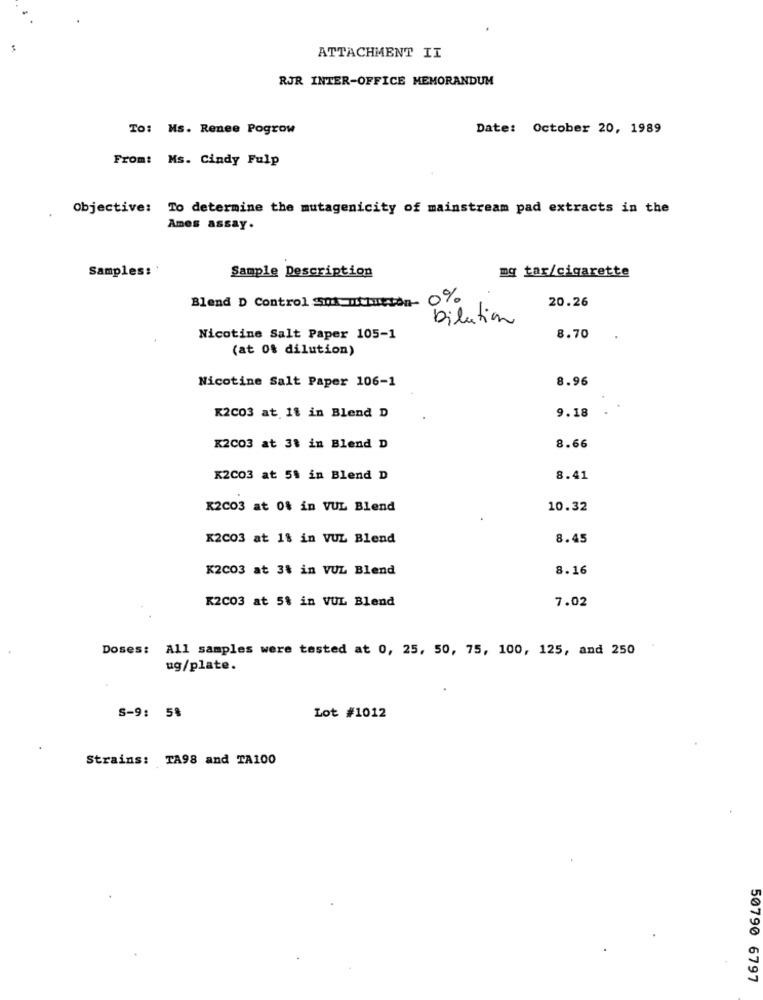
ATTACHMENT II
RJR INTER-OFFICE MEMORANDUM
To: Ms. Renee Pogrow
Date: October 20, 1989
From: Ms. Cindy Fulp
Objective: To determine the mutagenicity of mainstream pad extracts in the
Ames assay.
Samples:'
Sample Description
mg tar/cigarette
Blend D Control Sua strutton- 0%
20.26
bilation
Nicotine Salt Paper 105-1
8.70
(at of dilution)
Nicotine Salt Paper 106-1
8.96
K2C03 at 11 in Blend D
9.18
K2C03 at 3% in Blend D
8.66
K2C03 at 5% in Blend D
8.41
K2C03 at 0% in VUL Blend
10.32
K2C03 at 1% in VUL Blend
8.45
K2C03 at 3% in VUL Blend
8.16
K2C03 at 5% in VUL Blend
7.02
Doses: All samples were tested at 0, 25, 50, 75, 100, 125, and 250
ug/plate.
S-9: 5%
Lot #1012
Strains: TA98 and TA100
50790 6797